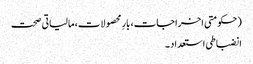
(حکومتی اخراجات، بارِ محصولات، مالیاتی صحت
انضباطی استعداد ۔